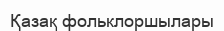
Қазақ фольклоршылары